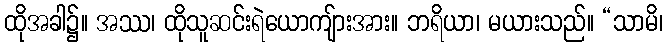
ထိုအခါ၌။ အဿ၊ ထိုသူဆင်းရဲယောကျ်ားအား။ ဘရိယာ၊ မယားသည်။ “သာမိ၊